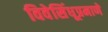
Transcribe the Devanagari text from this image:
विवेसिंधूप्रमाणे